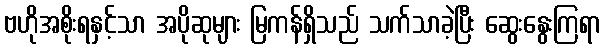
ဗဟိုအစိုးရနှင့်သာ အပိုဆုများ မြကန်ရှိသည် သက်သာခဲ့ပြီး ဆွေးနွေးကြရာ